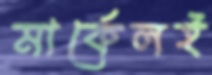
মার্কেলই